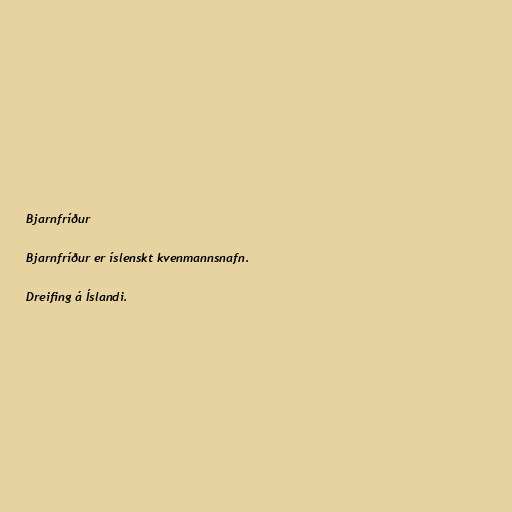
Bjarnfríður

Bjarnfríður er íslenskt kvenmannsnafn.

Dreifing á Íslandi.